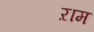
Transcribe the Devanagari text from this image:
ऱाम